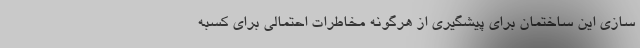
سازی این ساختمان برای پیشگیری از هرگونه مخاطرات احتمالی برای کسبه